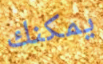
يمكنك